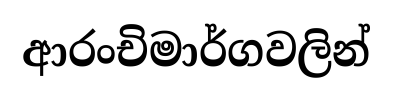
ආරංචිමාර්ගවලින්